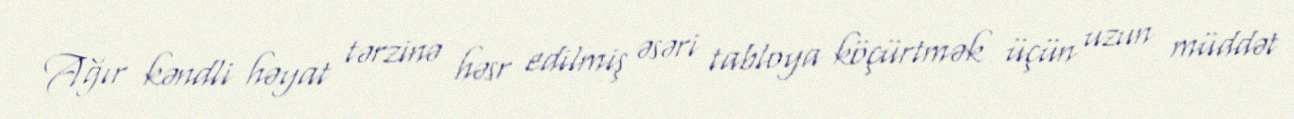
Ağır kəndli həyat tərzinə həsr edilmiş əsəri tabloya köçürtmək üçün uzun müddət